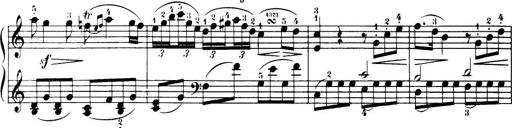
Title: 32 Sonatinas and Rondos for the Piano
Composer: Richard Kleinmichel